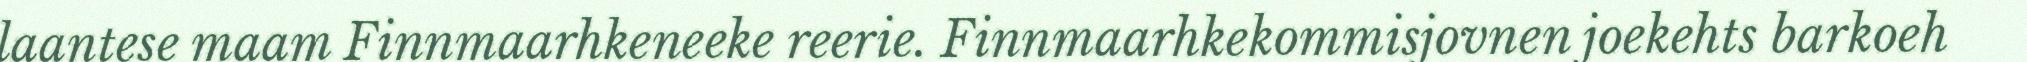
laantese maam Finnmaarhkeneeke reerie. Finnmaarhkekommisjovnen joekehts barkoeh